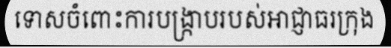
ទោសចំពោះការបង្ក្រាបរបស់អាជ្ញាធរក្រុង